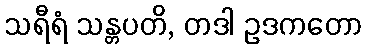
သရီရံ သန္တပတိ, တဒါ ဥဒကတော